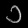
Digit: ၁